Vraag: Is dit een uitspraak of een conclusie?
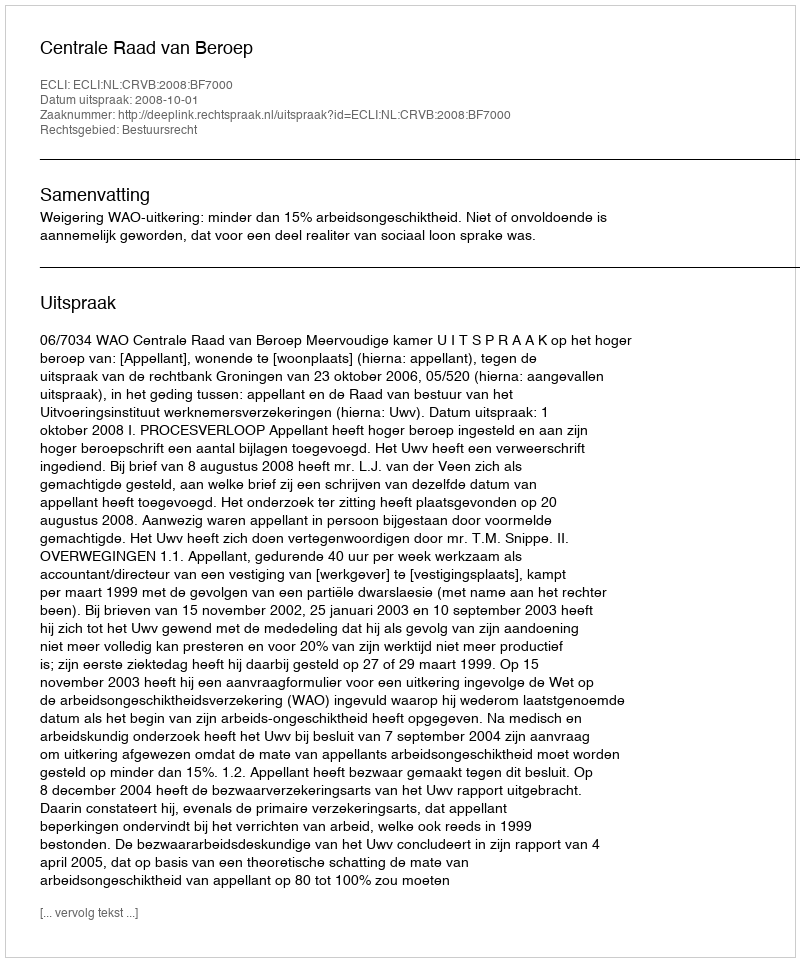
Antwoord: Uitspraak